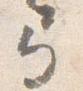
弓